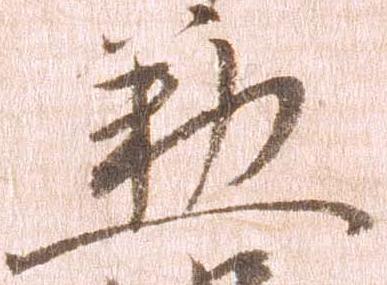
懃